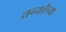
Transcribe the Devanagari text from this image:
तन्यतेच्या